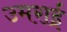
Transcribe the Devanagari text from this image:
उमराई